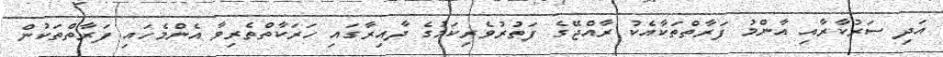
އަދި ސަރުކާރާއި އާންމު ފަރާތްތަކާއެކު ރާއްޖޭގެ ފަތުރުވެރިކަމުގެ ދާއިރާގައި ހަރަކާތްތެރިވާ އެންމެހައި ފަރާތްތަކުން